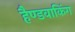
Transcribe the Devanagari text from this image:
हैण्डवाकिंग